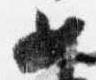
女